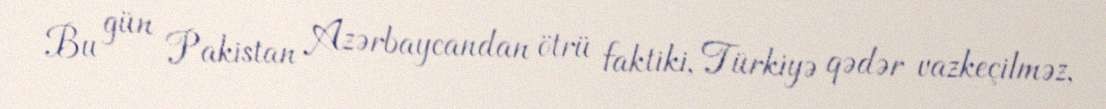
Bu gün Pakistan Azərbaycandan ötrü faktiki, Türkiyə qədər vazkeçilməz,